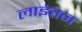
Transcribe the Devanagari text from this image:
लाइंतन